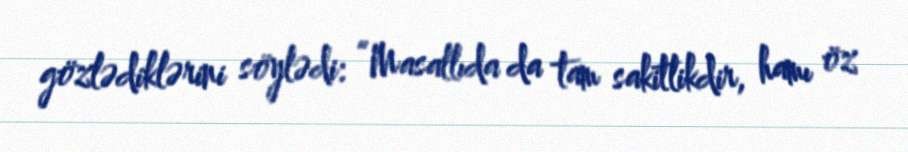
gözlədiklərini söylədi: “Masallıda da tam sakitlikdir, hamı öz